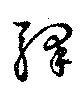
駅